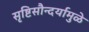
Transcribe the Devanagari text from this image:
सृष्टिसौन्दर्यामुळे